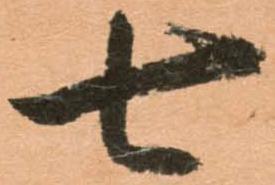
七